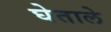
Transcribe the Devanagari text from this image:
घेताले